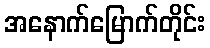
အနောက်မြောက်တိုင်း